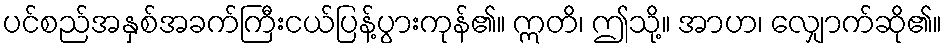
ပင်စည်အနှစ်အခက်ကြီးငယ်ပြန့်ပွားကုန်၏။ ဣတိ၊ ဤသို့။ အာဟ၊ လျှောက်ဆို၏။